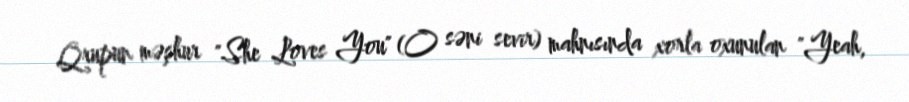
Qrupun məşhur "She Loves You" (O səni sevir) mahnısında xorla oxunulan "Yeah,